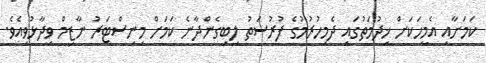
ކަމަށާއި އެމީހަކަށް ޚިދުމަތުގައި ދެމިހުރުމުގެ ފުރުސަތު ލިބިގެންދާނެ ކަމަށް މިނިސްޓަރު ނާޒިމް ވިދާޅުވިއެވެ.